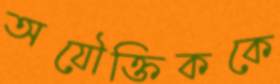
অযৌক্তিককে